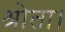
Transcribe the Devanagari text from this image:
श्रोता।